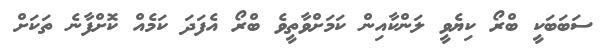
ސަބަބަކީ ބްރޯ ކިޔެވީ ލަންކާއިން ކަމަށްވާތީވެ ބްރޯ އެފަދަ ކަމެއް ކޮށްފާނެ ތަކަށް